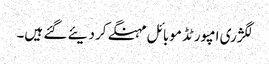
لگژری امپورٹڈ موبائل مہنگے کر دیئے گئے ہیں۔